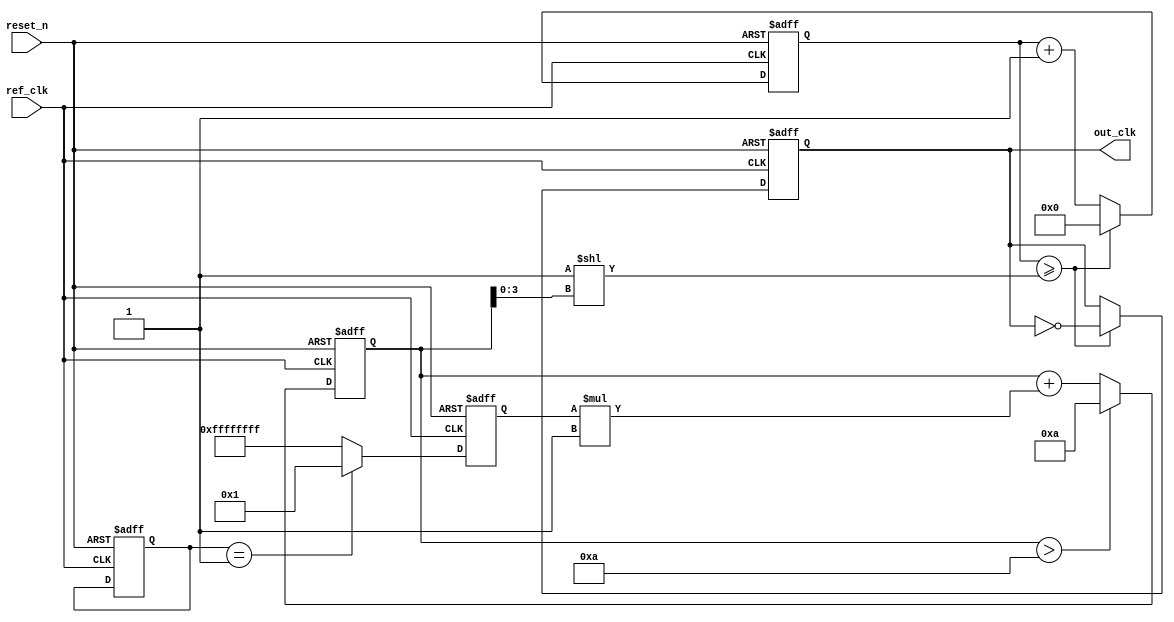
module type1_pll (
    input wire ref_clk,            // Reference clock input
    input wire reset_n,           // Active low reset
    output reg out_clk            // Output clock
);

    // Parameters for the PLL configuration
    parameter integer OUTPUT_DIV = 4; // Output frequency divider
    parameter integer LOOP_GAIN = 1;   // Gain for loop filter
    parameter integer MAX_VOLTAGE = 10; // Max VCO control voltage

    // Internal signals
    reg [31:0] phase_error;        // Phase error signal
    reg [31:0] control_voltage;     // Control voltage for VCO
    reg [31:0] vco_out;             // VCO output
    reg [31:0] counter;             // Counter for clock generation

    // Phase Detector (PD)
    always @(posedge ref_clk or negedge reset_n) begin
        if (!reset_n) begin
            phase_error <= 0;
        end else begin
            // Simple phase detector: compare reference and output clock
            // In a real implementation, this would involve edge detection logic
            phase_error <= (vco_out == 1) ? 1 : -1; // Example logic
        end
    end

    // Loop Filter (LF)
    always @(posedge ref_clk or negedge reset_n) begin
        if (!reset_n) begin
            control_voltage <= 0;
        end else begin
            // Simple low-pass filter; in real designs this would be more complex
            control_voltage <= control_voltage + (phase_error * LOOP_GAIN);
            if(control_voltage > MAX_VOLTAGE) begin
                control_voltage <= MAX_VOLTAGE; // Clamp the control voltage
            end
        end
    end

    // Voltage-Controlled Oscillator (VCO)
    always @(posedge ref_clk or negedge reset_n) begin
        if (!reset_n) begin
            vco_out <= 0;
            out_clk <= 0;
            counter <= 0;
        end else begin
            // Generate the output clock
            // Control the frequency of the VCO based on control voltage
            // Simplified: Here we just use the control voltage to control the clock rate
            counter <= counter + 1;
            if (counter >= (1 << control_voltage[3:0])) begin // Adjust based on control voltage
                out_clk <= ~out_clk; // Toggle the output clock
                counter <= 0;
            end
        end
    end

endmodule